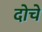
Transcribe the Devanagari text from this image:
दोचे